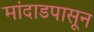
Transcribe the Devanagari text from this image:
मांदाडपासून